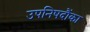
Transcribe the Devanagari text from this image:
उपनिषदौंका